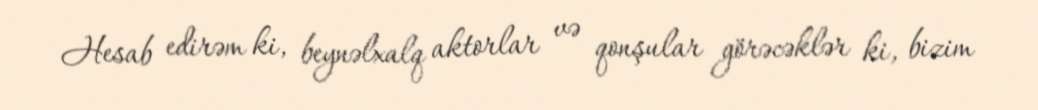
Hesab edirəm ki, beynəlxalq aktorlar və qonşular görəcəklər ki, bizim